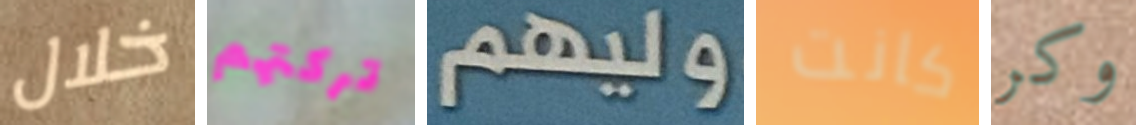
خلال تركتهم وليهم كانت وكر